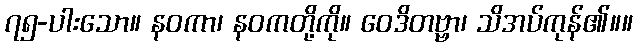
၇၅-ပါးသော။ နဝကာ၊ နဝကတို့ကို။ ဝေဒိတဗ္ဗာ၊ သိအပ်ကုန်၏။။